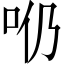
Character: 𠯹